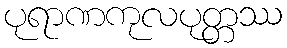
ပုရာဏကုလပုတ္တဿ